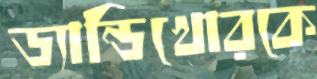
ড্যান্ডিখোরকে